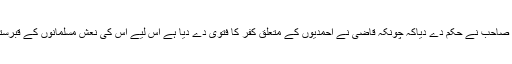
چنانچہ ریاست کے راجہ صاحب نے حکم دے دیاکہ چونکہ قاضی نے احمدیوں کے متعلق کفر کا فتویٰ دے دیا ہے اس لیے اس کی نعش مسلمانوں کے قبرستان میں دفن نہیں ہوسکتی۔